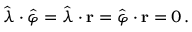
{ \boldsymbol { \hat { \lambda } } } \cdot { \boldsymbol { \hat { \varphi } } } = { \boldsymbol { \hat { \lambda } } } \cdot \mathbf { r } = { \boldsymbol { \hat { \varphi } } } \cdot \mathbf { r } = 0 \, .